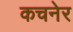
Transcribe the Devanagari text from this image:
कचनेर